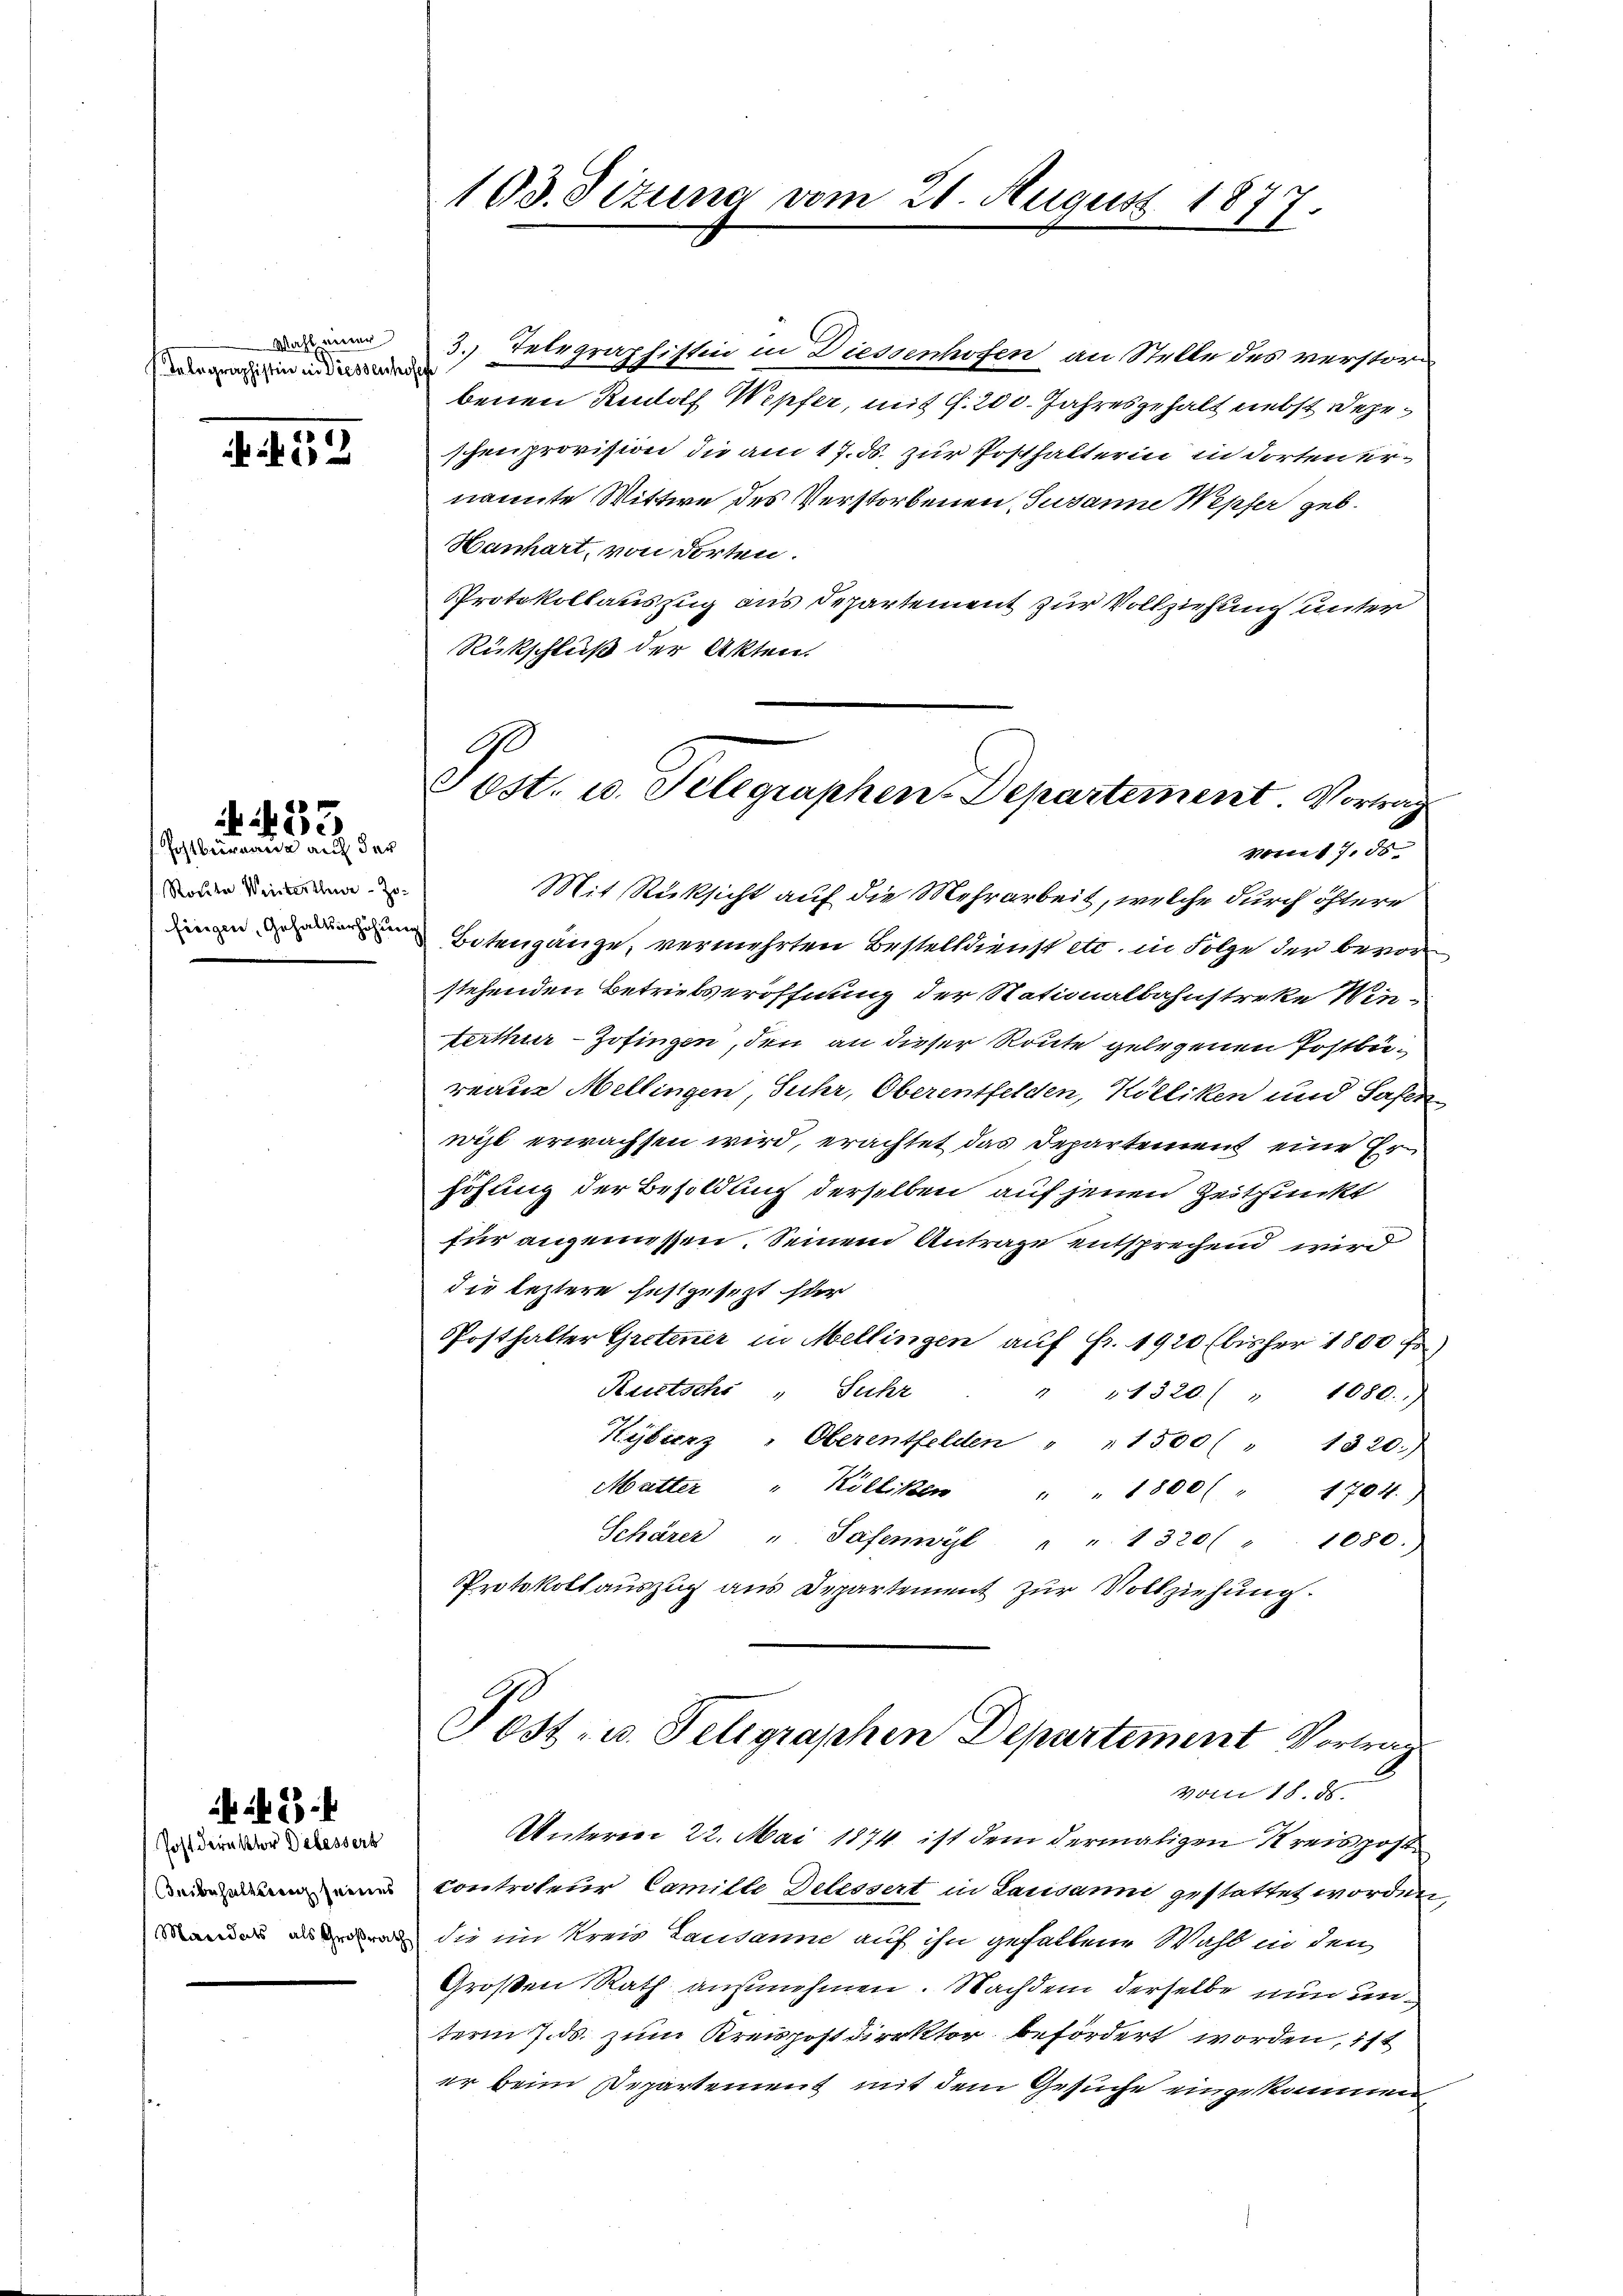
Wahl einer
Telegraphistin in Diessenhofes

. 155

33

Pohlbernau auch der
Route Weisterthene Jo¬

Postdirektor Debessert
Beibehalterenz seines
Maeidats, als Großrath

2

103. Sizung vom 21. August 1877.
E

3.) Telegraphistin in Diessenhofen an Stelle des verstor
benen Rudolf Wepfer, mit f. 200. Jahresgehalt nebst Degeschenprovision die am 17. ds. zur Posthalterin in dorten ernannte Wittwe des Verstorbenen Susanne Wepfer geb.
Hanhart, von dorten.
Protokollauszug aus Departement zur Vollziehung unter
Rückschluß der Akten.

G
Sost. u. Telegraphen-Departement. Vortrag
Vries 7. ds

Mit Rücksicht auf die Mehrarbeit, welche durch öftere
Botengänge, vermehrten Bestelldienst etc. in Folge der bevor-
stehenden Betretseröffnung der Nationalbahnstreke Winterther-Zofingen, den an dieser Route gelegenen Postbereaus Mellingen, Suhr, Oberentfelden, Kölliken und Faser
wil erwachsen wird, erachtet das Departement eine Erhöhung der Besoldung derselben auf jenen Zeitpunkt
für angemessen. Seinem Antrage entsprechend wird
die leztere festgesezt ster
Posthalter Gretener in Mellingen auf Fr. 1920 (bisher 1800 f
Reutschs " Suhr
" " 1320 ( " 1080.)
Hyberz " Oberentfelden " " 1500 ( " 1320)
Matter " Kölliken " " 1800 " 1704.)
Schärer " Safenwyl " " 1320( " 1080.
Protokollauszug aus Departement zur Vollziehung.
Post- u. Feligraphen Departement Vortrag
vom 18. ds.
Unterrei 22. Mai 1874 ist dem dermaligen Kreis post
contrateur Camille Delessert in Sarisanne gestattet worden,
die im Kreis Lausanne auf ihn gefallene Wahl in den
Großen Rath ausnehmen. Nachdem derselbe nun unterm 7. ds. zum Kreispostdirektor befördert worden, ist
er beim Departement mit dem Gesuche eingekommen